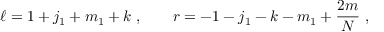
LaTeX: \ell = 1 + j _ { 1 } + m _ { 1 } + k \; , \qquad r = - 1 - j _ { 1 } - k - m _ { 1 } + { \frac { 2 m } { N } } \; ,